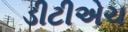
ડીટીએચ